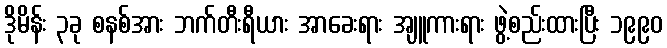
ဒိုမိန်း ၃ခု စနစ်အား ဘက်တီးရီယား အာခေးရား အျူကားရား ဖွဲ့စည်းထားပြီး ၁၉၉၀